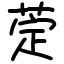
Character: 萣